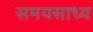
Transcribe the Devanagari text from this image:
समयसाध्य